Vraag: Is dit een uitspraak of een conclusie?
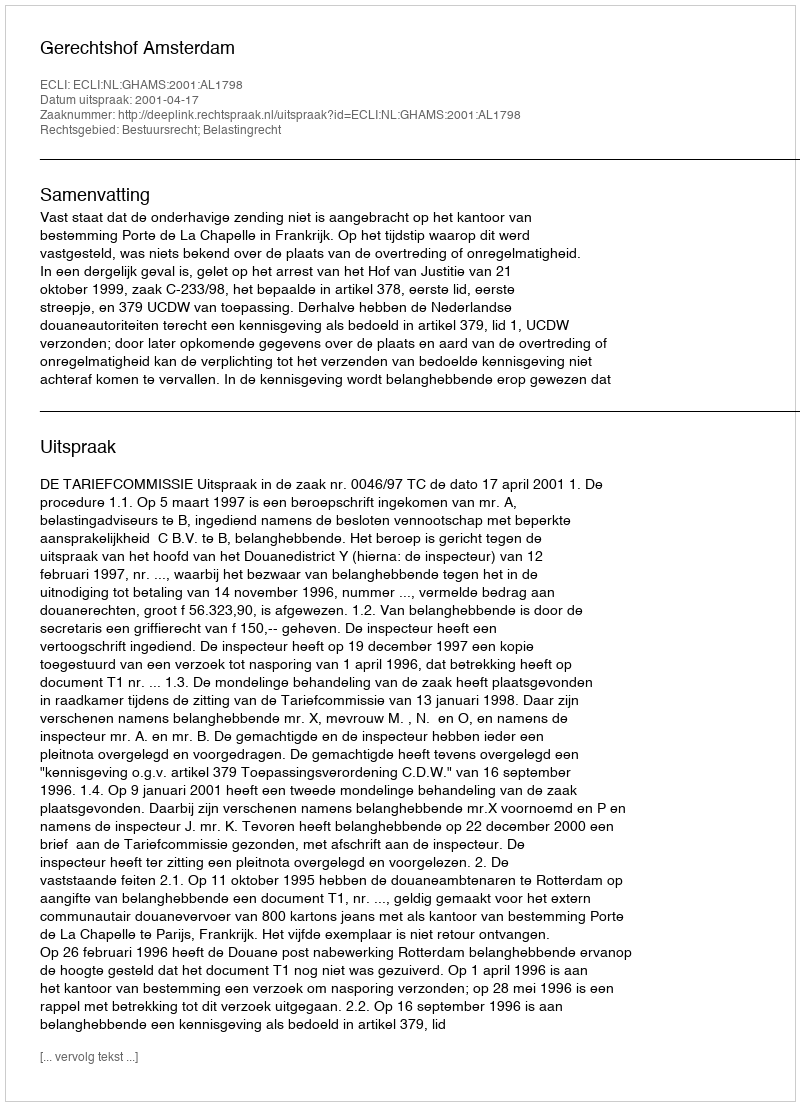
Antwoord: Uitspraak